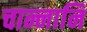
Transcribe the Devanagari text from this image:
चान्नानि